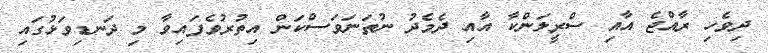
ދިވެހި ރާއްޖެ އާއި ސްރީލަންކާ އާއި ދެމެދު ނުތަނަވަސްކަން އިތުރުވެފައިވާ މި ދަނޑިވަޅުގައި